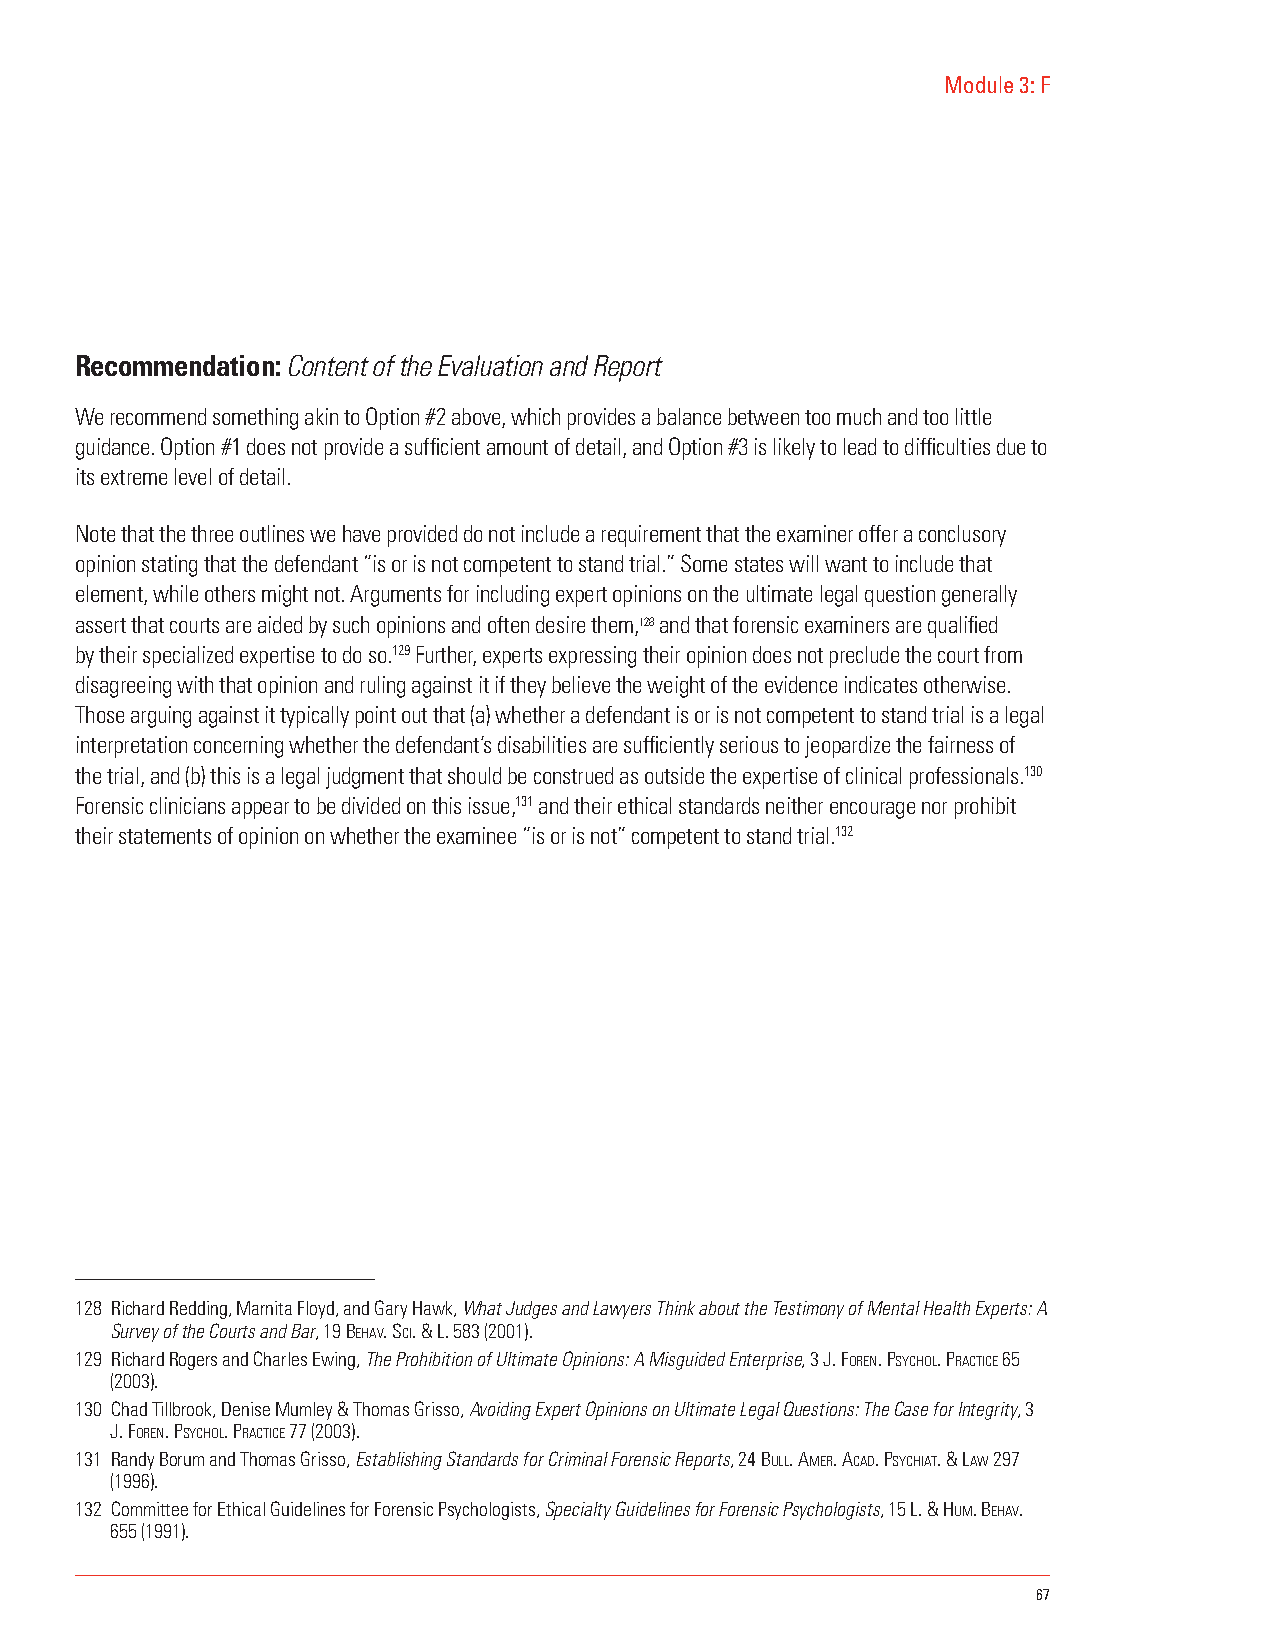
Module 3: F
 Recommendation: Content of the Evaluation and Report
 We recommend something akin to Option #2 above, which provides a balance between too much and too little
 guidance. Option #1 does not provide a sufficient amount of detail, and Option #3 is likely to lead to difficulties due to
 its extreme level of detail.
 Note that the three outlines we have provided do not include a requirement that the examiner offer a conclusory
 opinion stating that the defendant “is or is not competent to stand trial.” Some states will want to include that
 element, while others might not. Arguments for including expert opinions on the ultimate legal question generally
 assert that courts are aided by such opinions and often desire them,128 and that forensic examiners are qualified
 by their specialized expertise to do so.129 Further, experts expressing their opinion does not preclude the court from
 disagreeing with that opinion and ruling against it if they believe the weight of the evidence indicates otherwise.
 Those arguing against it typically point out that (a) whether a defendant is or is not competent to stand trial is a legal
 interpretation concerning whether the defendant’s disabilities are sufficiently serious to jeopardize the fairness of
 the trial, and (b) this is a legal judgment that should be construed as outside the expertise of clinical professionals.130
 Forensic clinicians appear to be divided on this issue,131 and their ethical standards neither encourage nor prohibit
 their statements of opinion on whether the examinee “is or is not” competent to stand trial.132
 128 Richard Redding, Marnita Floyd, and Gary Hawk, What Judges and Lawyers Think about the Testimony of Mental Health Experts: A
 Survey of the Courts and Bar, 19 behaV. scI. & l. 583 (2001).
 129 Richard Rogers and Charles Ewing, The Prohibition of Ultimate Opinions: A Misguided Enterprise, 3 J. foRen. Psychol. PRactIce 65
 (2003).
 130 Chad Tillbrook, Denise Mumley & Thomas Grisso, Avoiding Expert Opinions on Ultimate Legal Questions: The Case for Integrity, 3
 J. foRen. Psychol. PRactIce 77 (2003).
 131 Randy Borum and Thomas Grisso, Establishing Standards for Criminal Forensic Reports, 24 bull. ameR. acaD. PsychIat. & law 297
 (1996).
 132 Committee for Ethical Guidelines for Forensic Psychologists, Specialty Guidelines for Forensic Psychologists, 15 L. & hum. behaV.
 655 (1991).
 67